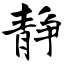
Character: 静